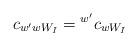
LaTeX: \begin{gather*} c_{w' w W_I}={}^{w'}c_{w W_I} \end{gather*}